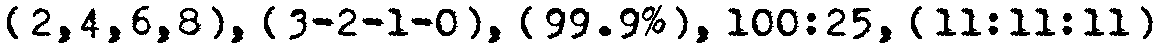
[2,4,6,8], {3-2-1-0}, [99.9%], 100:25, {11:11:11}